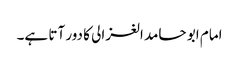
امام ابو حامد الغزالی کا دور آتا ہے۔